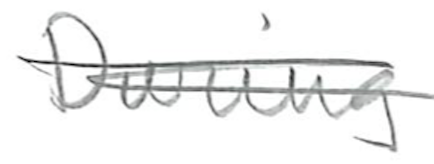
Text: During
Cross-out: double-line
Writing tool: pencil